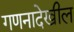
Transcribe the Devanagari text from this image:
गणनादेखील